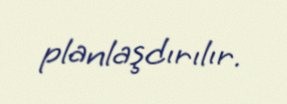
planlaşdırılır.